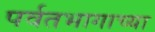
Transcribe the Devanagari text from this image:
पर्वतभागाच्या